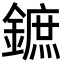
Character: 鏣